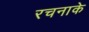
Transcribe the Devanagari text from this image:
रचनाके